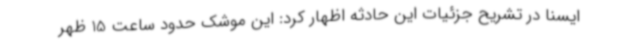
ایسنا در تشریح جزئیات این حادثه اظهار کرد: این موشک حدود ساعت 15 ظهر